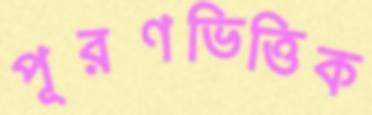
পূরণভিত্তিক